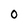
Character: 0